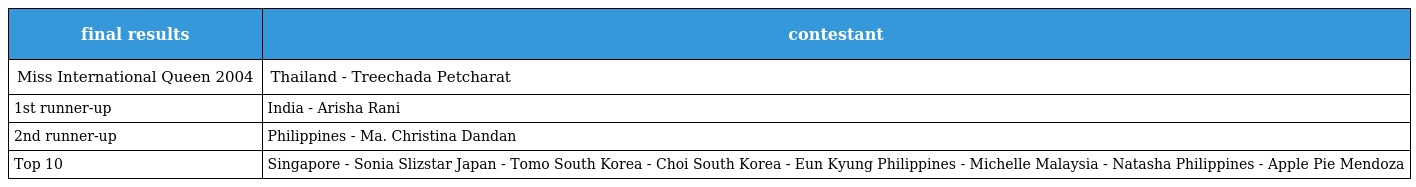
| final results | contestant |
 | --- | --- |
 | Miss International Queen 2004 | Thailand - Treechada Petcharat |
 | 1st runner-up | India - Arisha Rani |
 | 2nd runner-up | Philippines - Ma. Christina Dandan |
 | Top 10 | Singapore - Sonia Slizstar Japan - Tomo South Korea - Choi South Korea - Eun Kyung Philippines - Michelle Malaysia - Natasha Philippines - Apple Pie Mendoza |